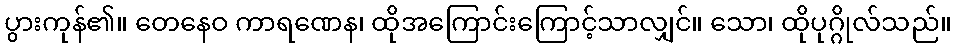
ပွားကုန်၏။ တေနေဝ ကာရဏေန၊ ထိုအကြောင်းကြောင့်သာလျှင်။ သော၊ ထိုပုဂ္ဂိုလ်သည်။